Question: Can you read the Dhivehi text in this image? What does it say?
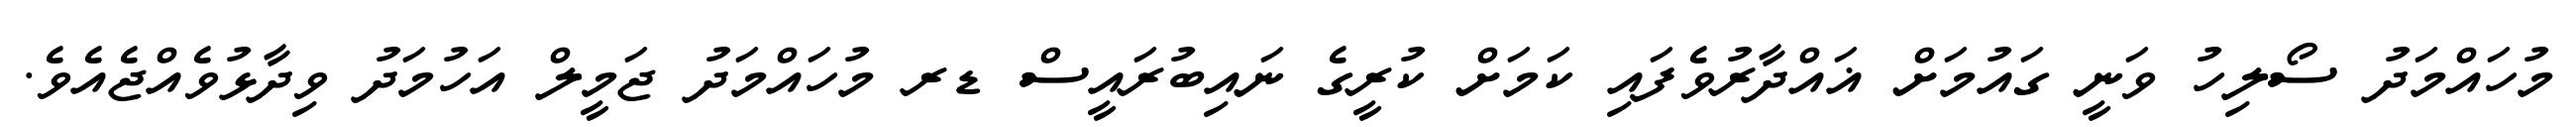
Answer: މުހައްމަދު ސޯލިހު ވަނީ ގައުމަށް ޣައްދާރުވެފައި ކަމަށް ކުރީގެ ނައިބުރައީސް ޑރ މުހައްމަދު ޖަމީލް އަހުމަދު ވިދާޅުވެއްޖެއެވެ.